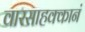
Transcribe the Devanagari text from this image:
वारसाहक्कानं